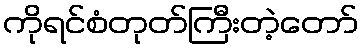
ကိုရင်စံတုတ်ကြီးတဲ့တော်